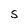
Character: s